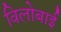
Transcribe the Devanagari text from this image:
विलोबाई